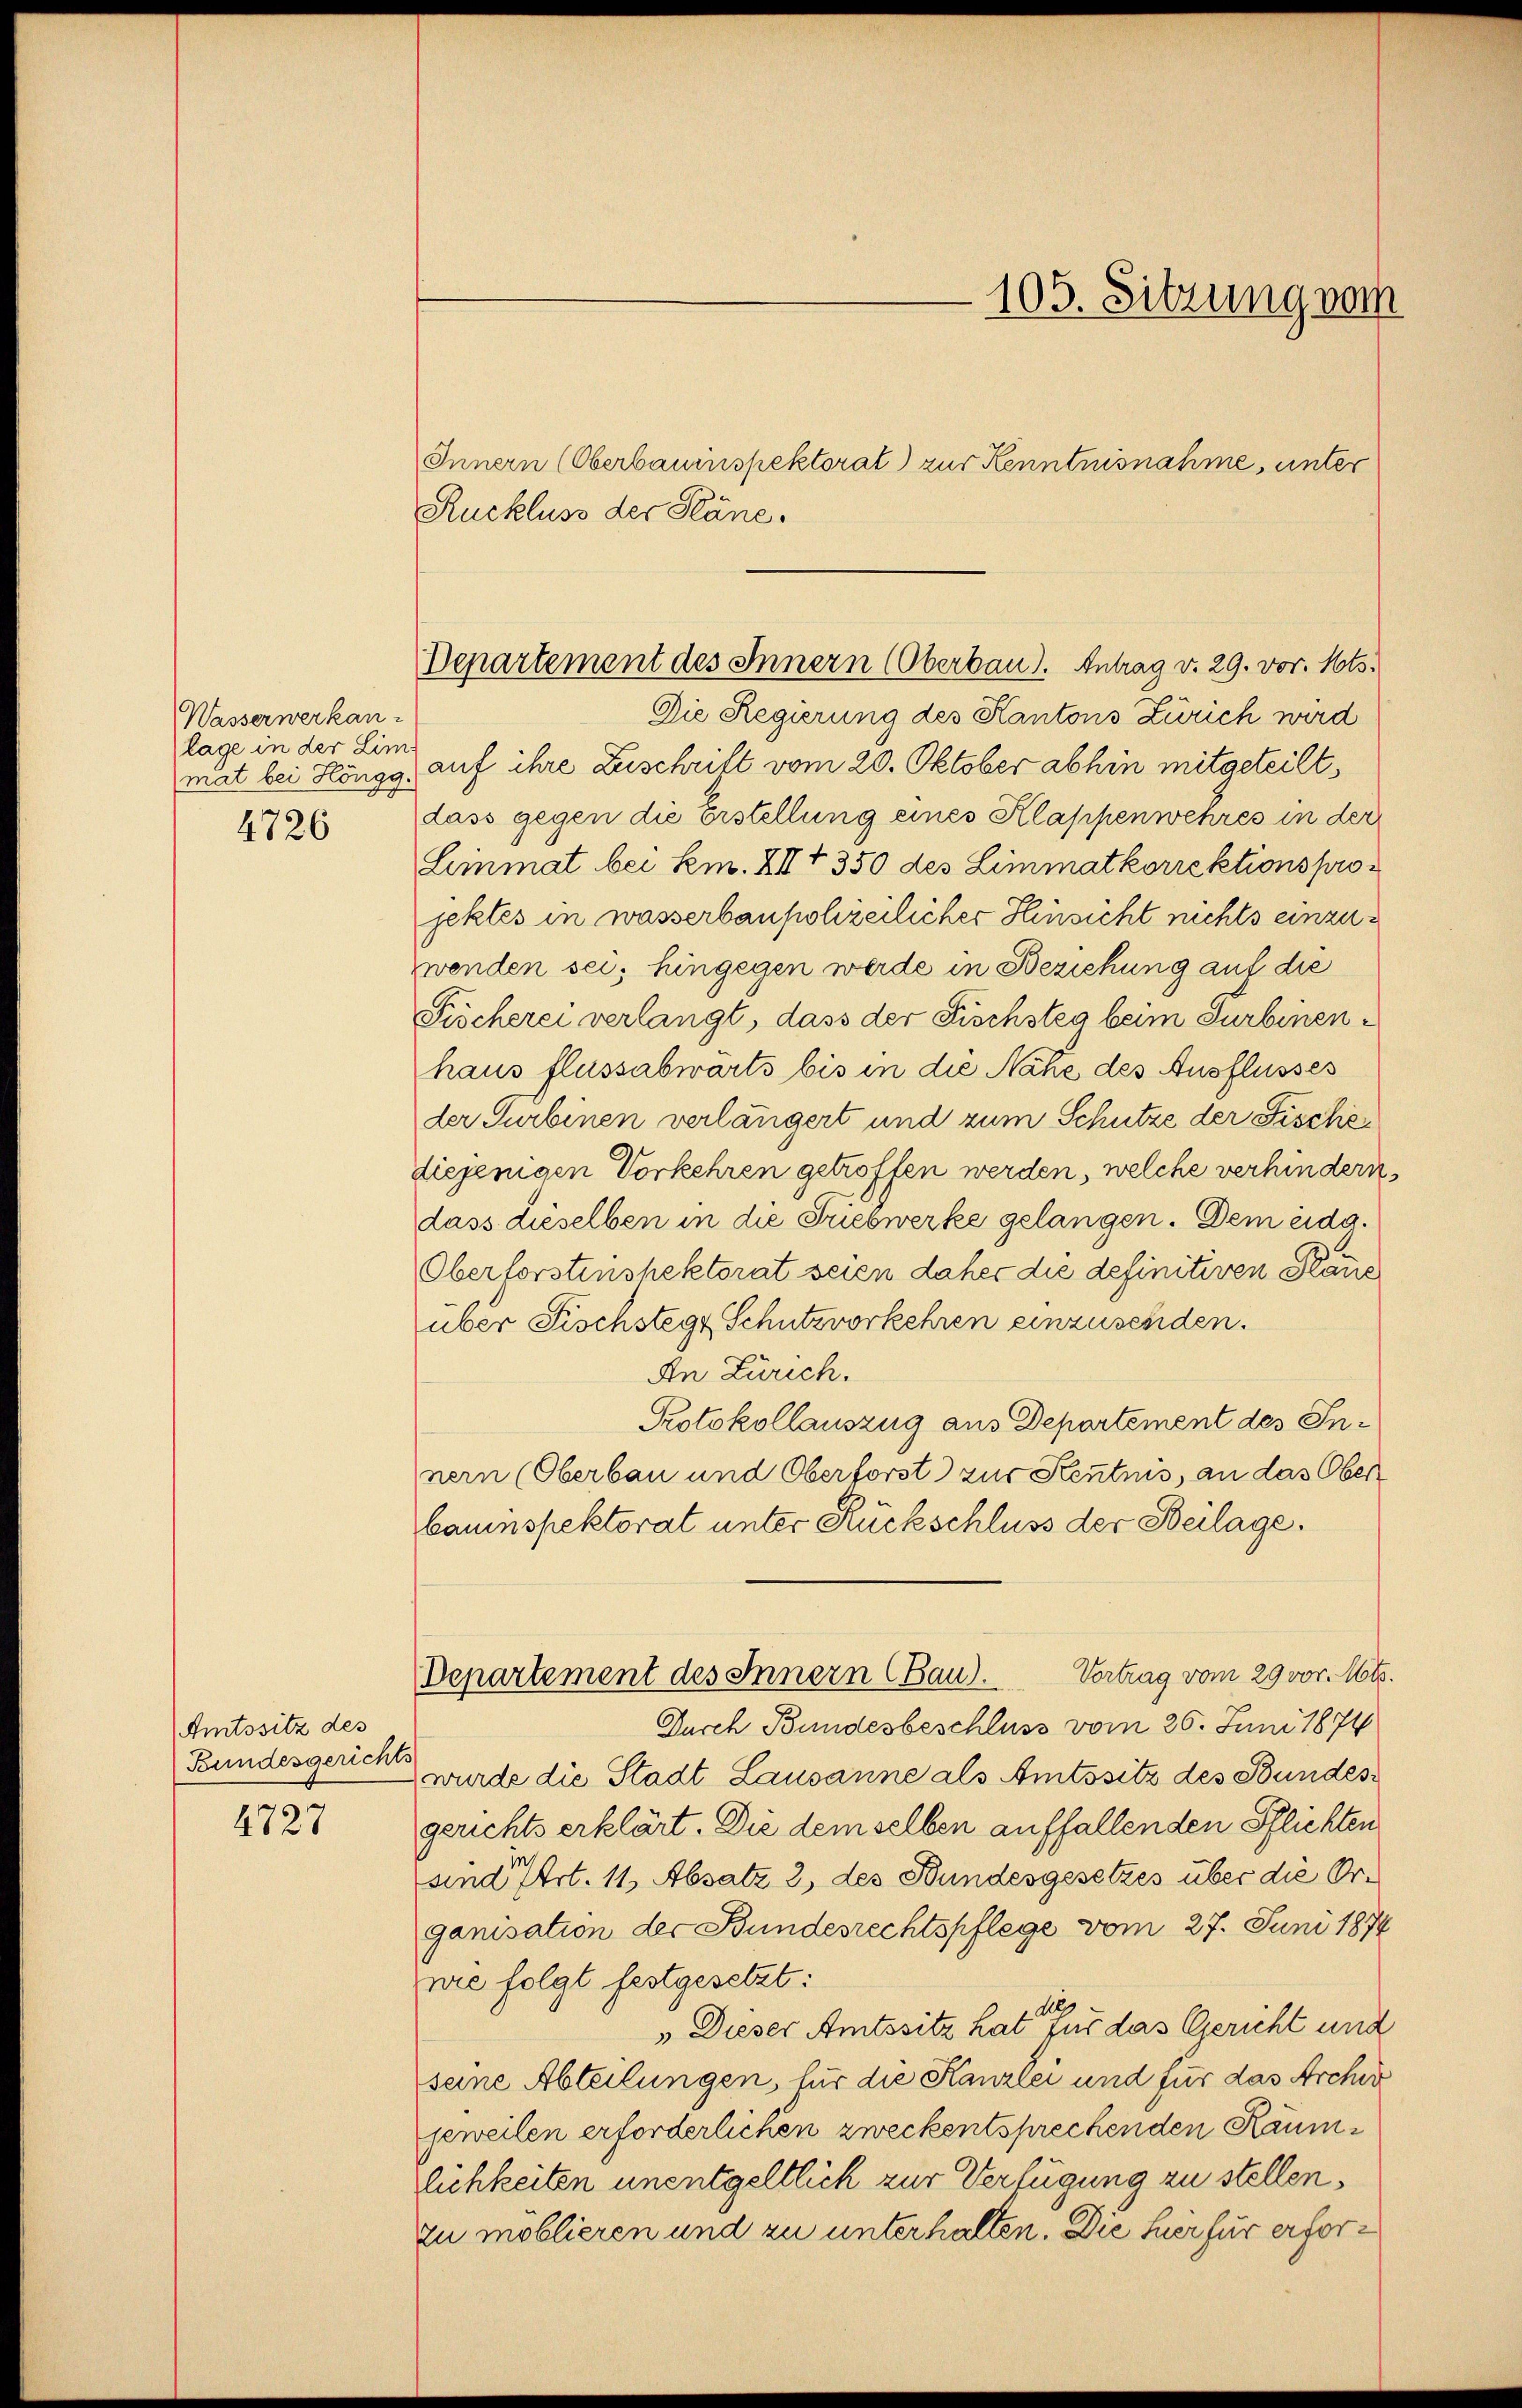
Wasserwerkanlage in der Limmat bei Höngg.
x
4726

(Amtssitz des
Bundesgericht

4727

105. Sitzung vom

Departement des Innern (Oberbau). Antrag v. 29. vor. Mts.

Innern (Oberbauinspektorat) zur Kenntnisnahme, unter
Ruckluss der Pläne.
Die Regierung des Kantons Zürich wird
auf ihre Zuschrift vom 20. Oktober abhin mitgeteilt,
dass gegen die Erstellung eines Klappenwehres in der
Limmat bei km. XIII 350 des Limmatkorrektionsprojektes in wasserbaupolierlicher Hinsicht nichts einzuzwenden sei; hingegen werde in Beziehung auf die
Köcherei verlangt, dass der Fischsteg beim Turbinenhaus flussabwarts bis in die Nähe des Ausflusses
der Turbinen verlängert und zum Schutze der Fischediejenigen Vorkehren getroffen werden, welche verhindern.
dass dieselben in die Triebwerke gelangen. Dem eida¬
Oberforstenshektorat seien daher die definitiven Plans
über Fischstege Schutzvorkehren einzusenden.
An Zürich.
Protokollauszug aus Departement des Innern (Oberbau und Oberforst zur Kentnis, an das Ober
bauinspektorat unter Rückschluss der Beilage.
Vortrag vom 29 vor. Mts.
Departement des Innern (Bau.
Durch Bundesbeschluss vom 26. Juni 1874
wurde die Stadt Lausanne als Amtssitz des Bundesgerichts erklärt. Die demselben auffallenden Pflichten
sind Art. 11, Absatz 2 des Bundesgesetzes über die Organisation der Bundesrechtspflege vom 27. Juni 1874
wie folgt festgesetzt:
dies
" Dieser Amtssitz hat zur das Gericht und
seine Abteilungen, für die Kanzlei und für das Archiv
jeweilen erforderlichen zweckentsprechenden Räumrlichkeiten unentgeltlich zur Verfügung zu stellen.
zu moblieren und zu unterhalten. Die hier für erfor¬